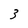
Character: 3